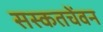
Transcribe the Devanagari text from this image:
सस्कतचेंवन